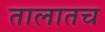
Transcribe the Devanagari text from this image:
तालातच